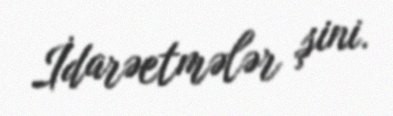
İdarəetmələr şini.